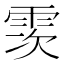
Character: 䨏